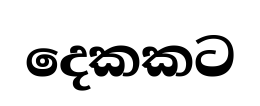
දෙකකට